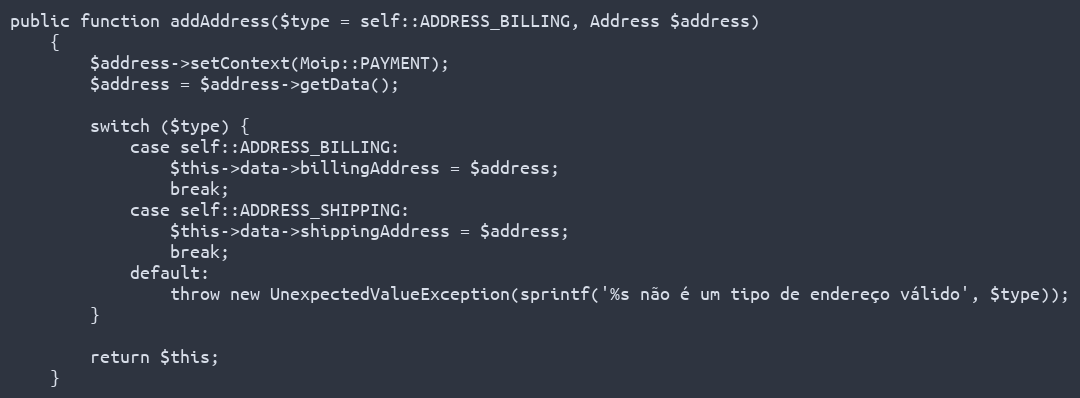
Language: PHP
public function addAddress($type = self::ADDRESS_BILLING, Address $address)
    {
        $address->setContext(Moip::PAYMENT);
        $address = $address->getData();

        switch ($type) {
            case self::ADDRESS_BILLING:
                $this->data->billingAddress = $address;
                break;
            case self::ADDRESS_SHIPPING:
                $this->data->shippingAddress = $address;
                break;
            default:
                throw new UnexpectedValueException(sprintf('%s não é um tipo de endereço válido', $type));
        }

        return $this;
    }